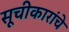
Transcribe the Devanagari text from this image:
सूचीकारांचे